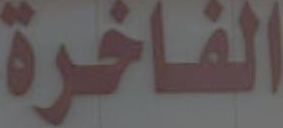
الفاخرة